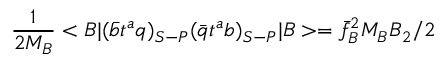
{ \frac { 1 } { 2 M _ { B } } } < B | ( \bar { b } t ^ { a } q ) _ { S - P } ( \bar { q } t ^ { a } b ) _ { S - P } | B > = { \bar { f } _ { B } ^ { 2 } } M _ { B } B _ { 2 } / 2